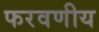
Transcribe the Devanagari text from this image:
फरवणीय